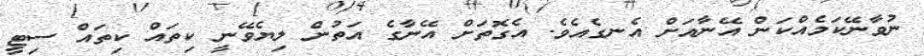
ނުވާނޭކަމެއްކަން އޭނާއަށް އެނގެއެވެ. އެގޮތަށް އޭނާގެ އަތުން ލިޔެވޭނީ ކިތައް ކިތައް ސިޓީ